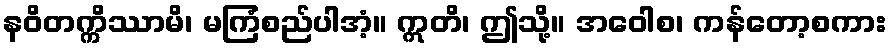
နဝိတက္ကိဿာမိ၊ မကြံစည်ပါအံ့။ ဣတိ၊ ဤသို့။ အဝေါစ၊ ကန်တော့စကား